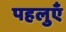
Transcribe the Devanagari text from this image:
पहलुएँ